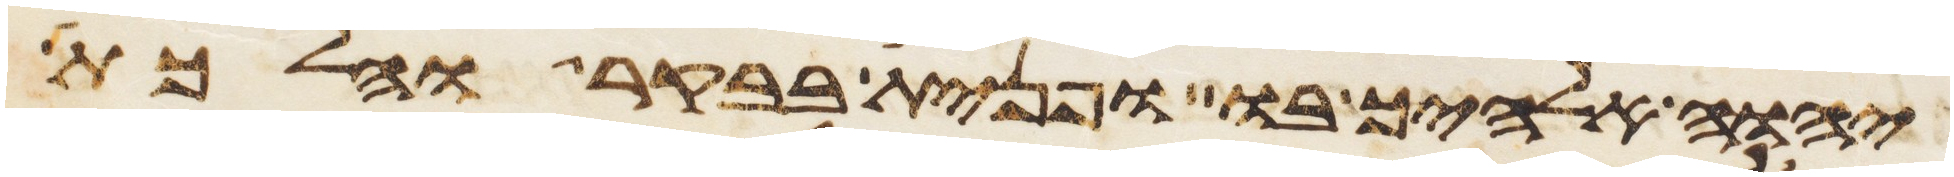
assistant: יהוה אלהיך בו ופנית בבקר והלכת